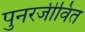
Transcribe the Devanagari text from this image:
पुनरजीवित